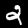
Digit: 2